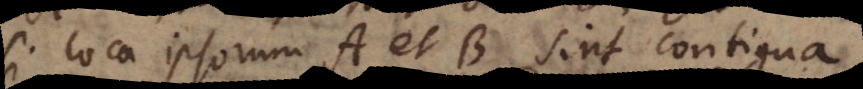
si loca ipsorum A et B sint contigua,